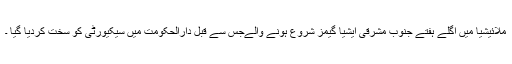
ملائیشیا میں اگلے ہفتے جنوب مشرقی ایشیا گیمز شروع ہونے والےجس سے قبل دارالحکومت میں سیکیورٹی کو سخت کردیا گیا ۔